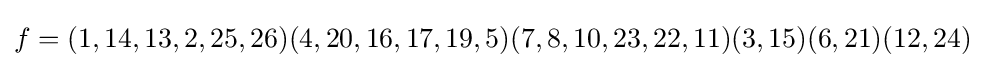
f=(1,14,13,2,25,26)(4,20,16,17,19,5)(7,8,10,23,22,11)(3,15)(6,21)(12,24)